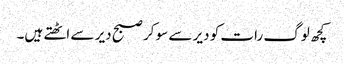
کچھ لوگ رات کو دیر سے سو کر صبح دیر سے اٹھتے ہیں۔